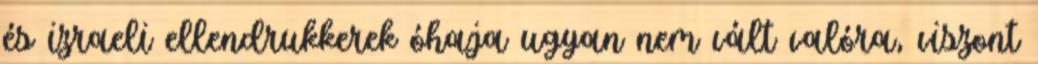
és izraeli ellendrukkerek óhaja ugyan nem vált valóra, viszont